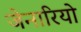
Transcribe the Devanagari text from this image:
जेनारियो